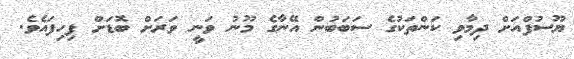
ޔޫސުފްއަށް ދިމާވި ކަންތަކުގެ ސަބަބުން އޭނާގެ މޫނު ވަނީ ވަރަށް ބޮޑަށް ފިހިފައެވެ.